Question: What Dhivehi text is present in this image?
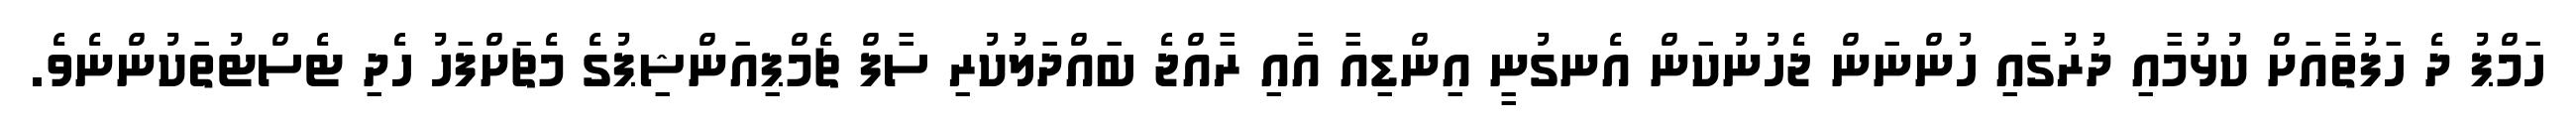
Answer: ހަމްޕު ދެ ހަފުތާއަށް ކުޅުމާއި ދުރުގައި ހުންނަން ޖެހުނުކަން އެނގުނީ އިންޑިއާ އާއި ރާއްޖެ ބައްދަލުކުރި ސާފް ޗެމްޕިއަންޝިޕުގެ މެޗަށްފަހު ހެދި ޓެސްޓުތަކުންނެވެ.